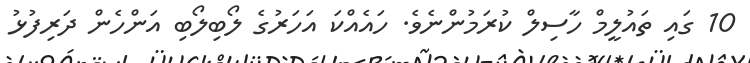
10 ގައި ތައުލީމް ހާސިލް ކުރަމުންނެވެ. ހައެއްކަ އަހަރުގެ ލޯބިލޯބި އަންހެން ދަރިފުޅު